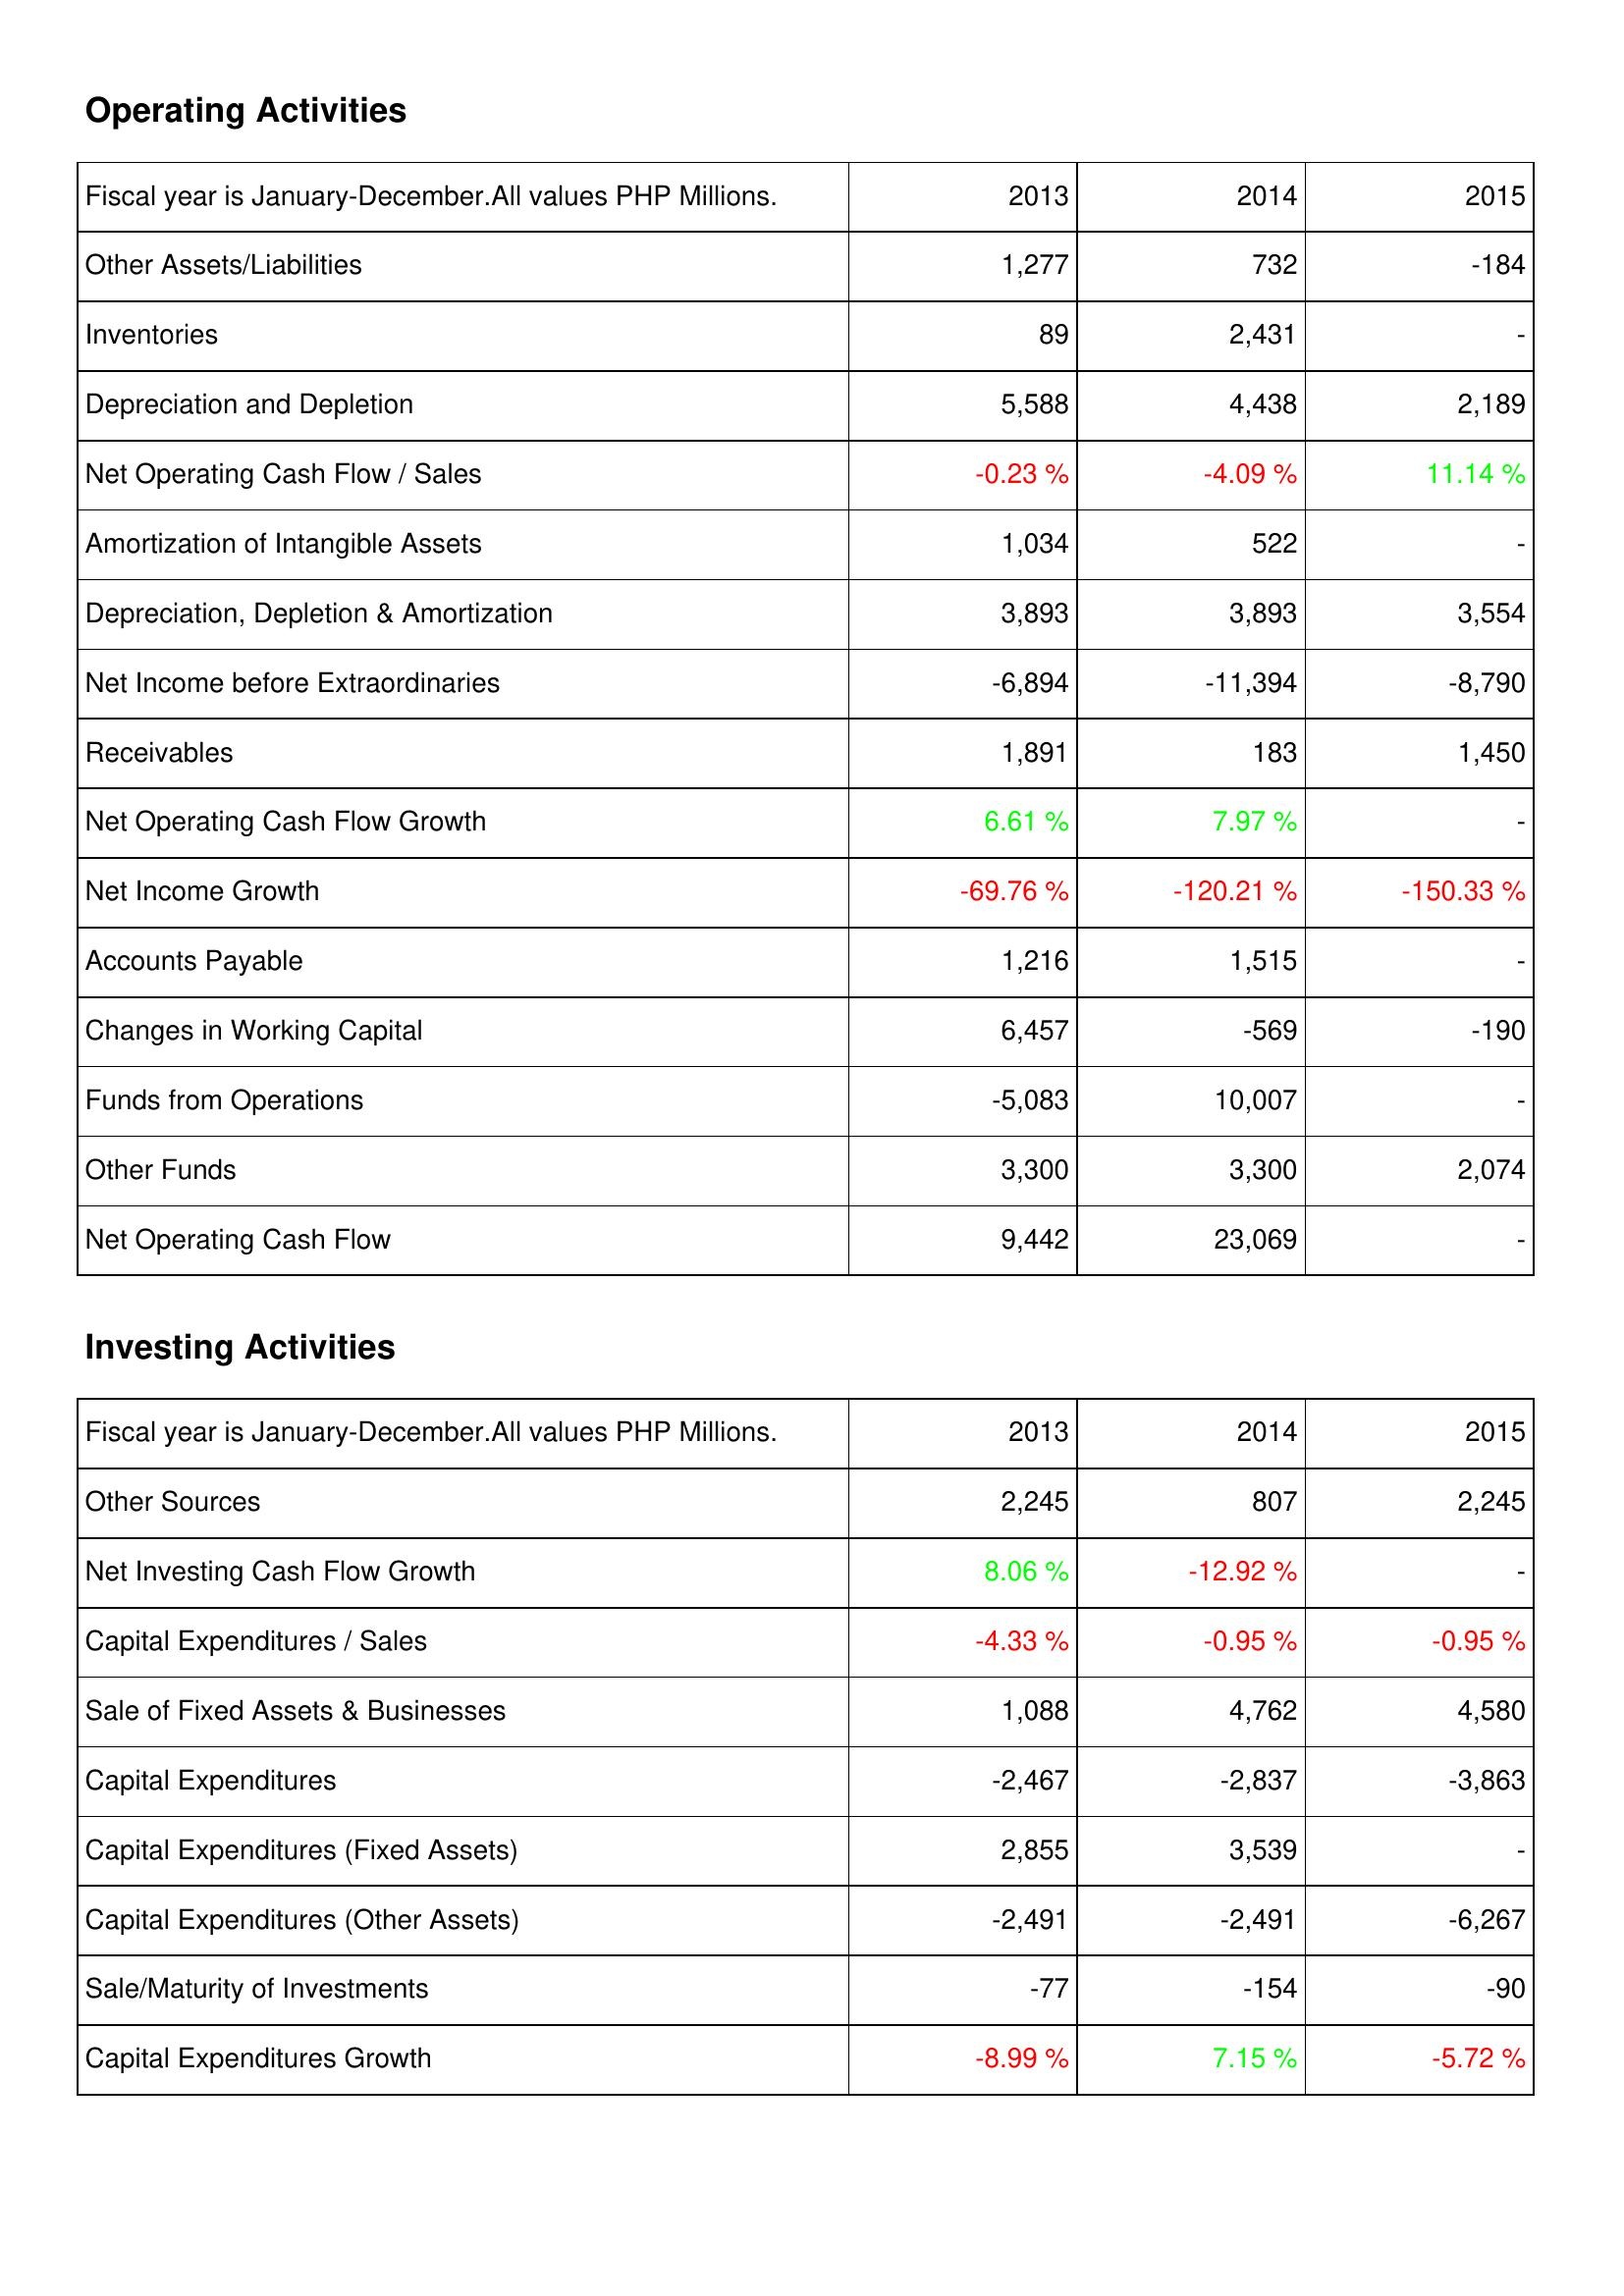
2013: Operating Activities: Other Assets/Liabilities: 1,277
Inventories: 89
Depreciation and Depletion: 5,588
Net Operating Cash Flow / Sales: -0.23 %
Amortization of Intangible Assets: 1,034
Depreciation, Depletion & Amortization: 3,893
Net Income before Extraordinaries: -6,894
Receivables: 1,891
Net Operating Cash Flow Growth: 6.61 %
Net Income Growth: -69.76 %
Accounts Payable: 1,216
Changes in Working Capital: 6,457
Funds from Operations: -5,083
Other Funds: 3,300
Net Operating Cash Flow: 9,442
Investing Activities: Other Sources: 2,245
Net Investing Cash Flow Growth: 8.06 %
Capital Expenditures / Sales: -4.33 %
Sale of Fixed Assets & Businesses: 1,088
Capital Expenditures: -2,467
Capital Expenditures (Fixed Assets): 2,855
Capital Expenditures (Other Assets): -2,491
Sale/Maturity of Investments: -77
Capital Expenditures Growth: -8.99 %
2014: Operating Activities: Other Assets/Liabilities: 732
Inventories: 2,431
Depreciation and Depletion: 4,438
Net Operating Cash Flow / Sales: -4.09 %
Amortization of Intangible Assets: 522
Depreciation, Depletion & Amortization: 3,893
Net Income before Extraordinaries: -11,394
Receivables: 183
Net Operating Cash Flow Growth: 7.97 %
Net Income Growth: -120.21 %
Accounts Payable: 1,515
Changes in Working Capital: -569
Funds from Operations: 10,007
Other Funds: 3,300
Net Operating Cash Flow: 23,069
Investing Activities: Other Sources: 807
Net Investing Cash Flow Growth: -12.92 %
Capital Expenditures / Sales: -0.95 %
Sale of Fixed Assets & Businesses: 4,762
Capital Expenditures: -2,837
Capital Expenditures (Fixed Assets): 3,539
Capital Expenditures (Other Assets): -2,491
Sale/Maturity of Investments: -154
Capital Expenditures Growth: 7.15 %
2015: Operating Activities: Other Assets/Liabilities: -184
Inventories: -
Depreciation and Depletion: 2,189
Net Operating Cash Flow / Sales: 11.14 %
Amortization of Intangible Assets: -
Depreciation, Depletion & Amortization: 3,554
Net Income before Extraordinaries: -8,790
Receivables: 1,450
Net Operating Cash Flow Growth: -
Net Income Growth: -150.33 %
Accounts Payable: -
Changes in Working Capital: -190
Funds from Operations: -
Other Funds: 2,074
Net Operating Cash Flow: -
Investing Activities: Other Sources: 2,245
Net Investing Cash Flow Growth: -
Capital Expenditures / Sales: -0.95 %
Sale of Fixed Assets & Businesses: 4,580
Capital Expenditures: -3,863
Capital Expenditures (Fixed Assets): -
Capital Expenditures (Other Assets): -6,267
Sale/Maturity of Investments: -90
Capital Expenditures Growth: -5.72 %